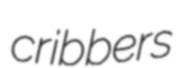
cribbers